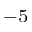
^ { - 5 }